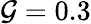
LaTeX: \mathcal{G}=0.3